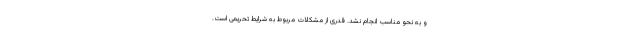
و به نحو مناسب انجام نشد. قدری از مشکلات مربوط به شرایط تحریمی است.